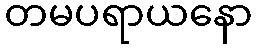
တမပရာယနော